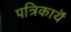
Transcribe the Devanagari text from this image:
पत्रिकायॆं